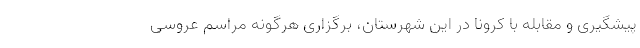
پیشگیری و مقابله با کرونا در این شهرستان، برگزاری هرگونه مراسم عروسی